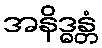
အနိဒ္ဓန္တံ